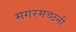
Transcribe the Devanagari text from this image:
मगरमच्छनी